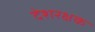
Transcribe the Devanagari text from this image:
देशरक्षक